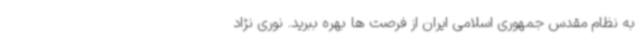
به نظام مقدس جمهوری اسلامی ایران از فرصت ها بهره ببرید. نوری نژاد